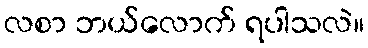
လစာ ဘယ်လောက် ရပါသလဲ။